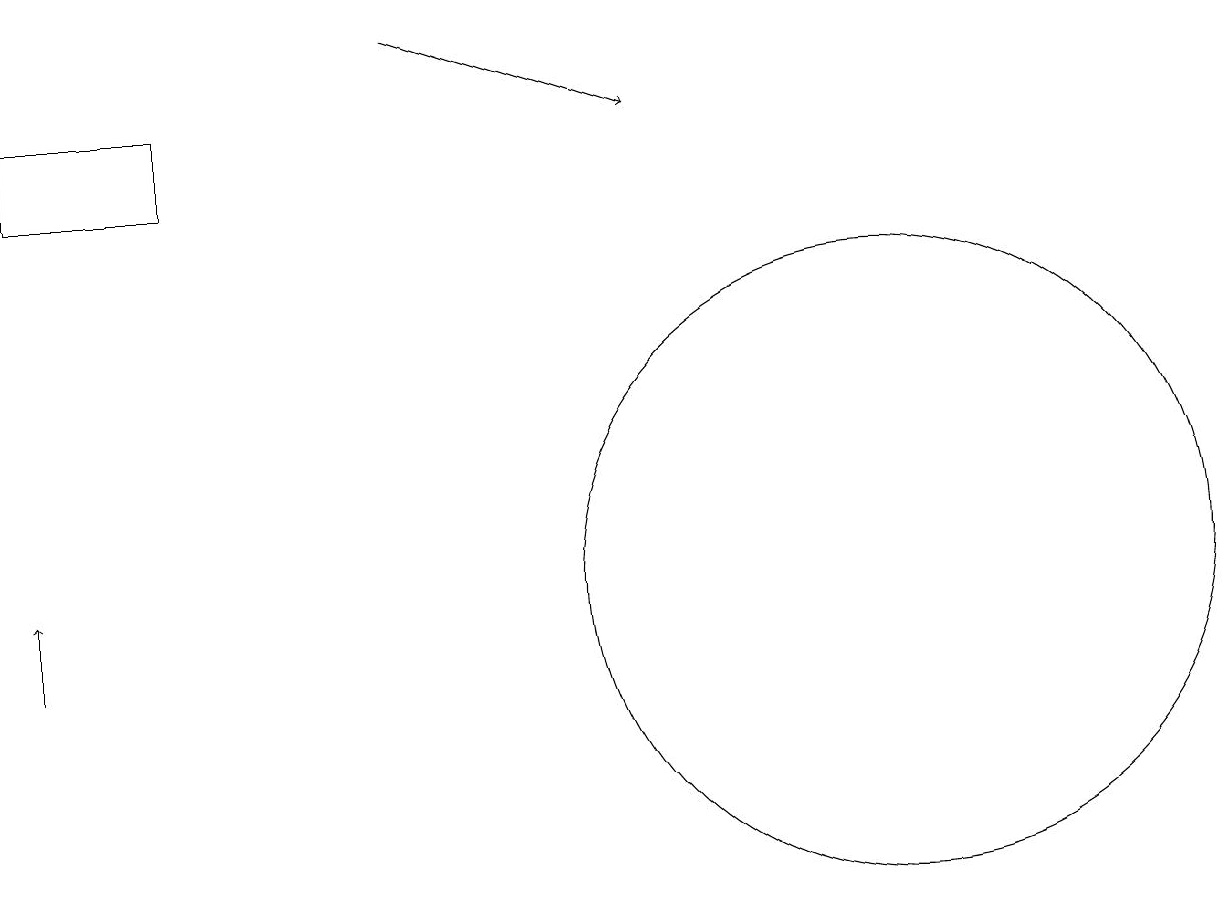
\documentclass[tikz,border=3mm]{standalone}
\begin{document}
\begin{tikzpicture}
\draw (12,12) circle (4);
\draw[->] (1,11) -- (1,12);
\draw (1,17) rectangle (3,18);
\draw (10,12) circle (0);
\draw[->] (6,19) -- (9,18);
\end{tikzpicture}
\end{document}